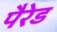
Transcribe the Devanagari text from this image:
पैरेड